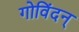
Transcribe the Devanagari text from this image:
गोविंदन्